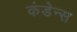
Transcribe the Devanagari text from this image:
कंडेन्स